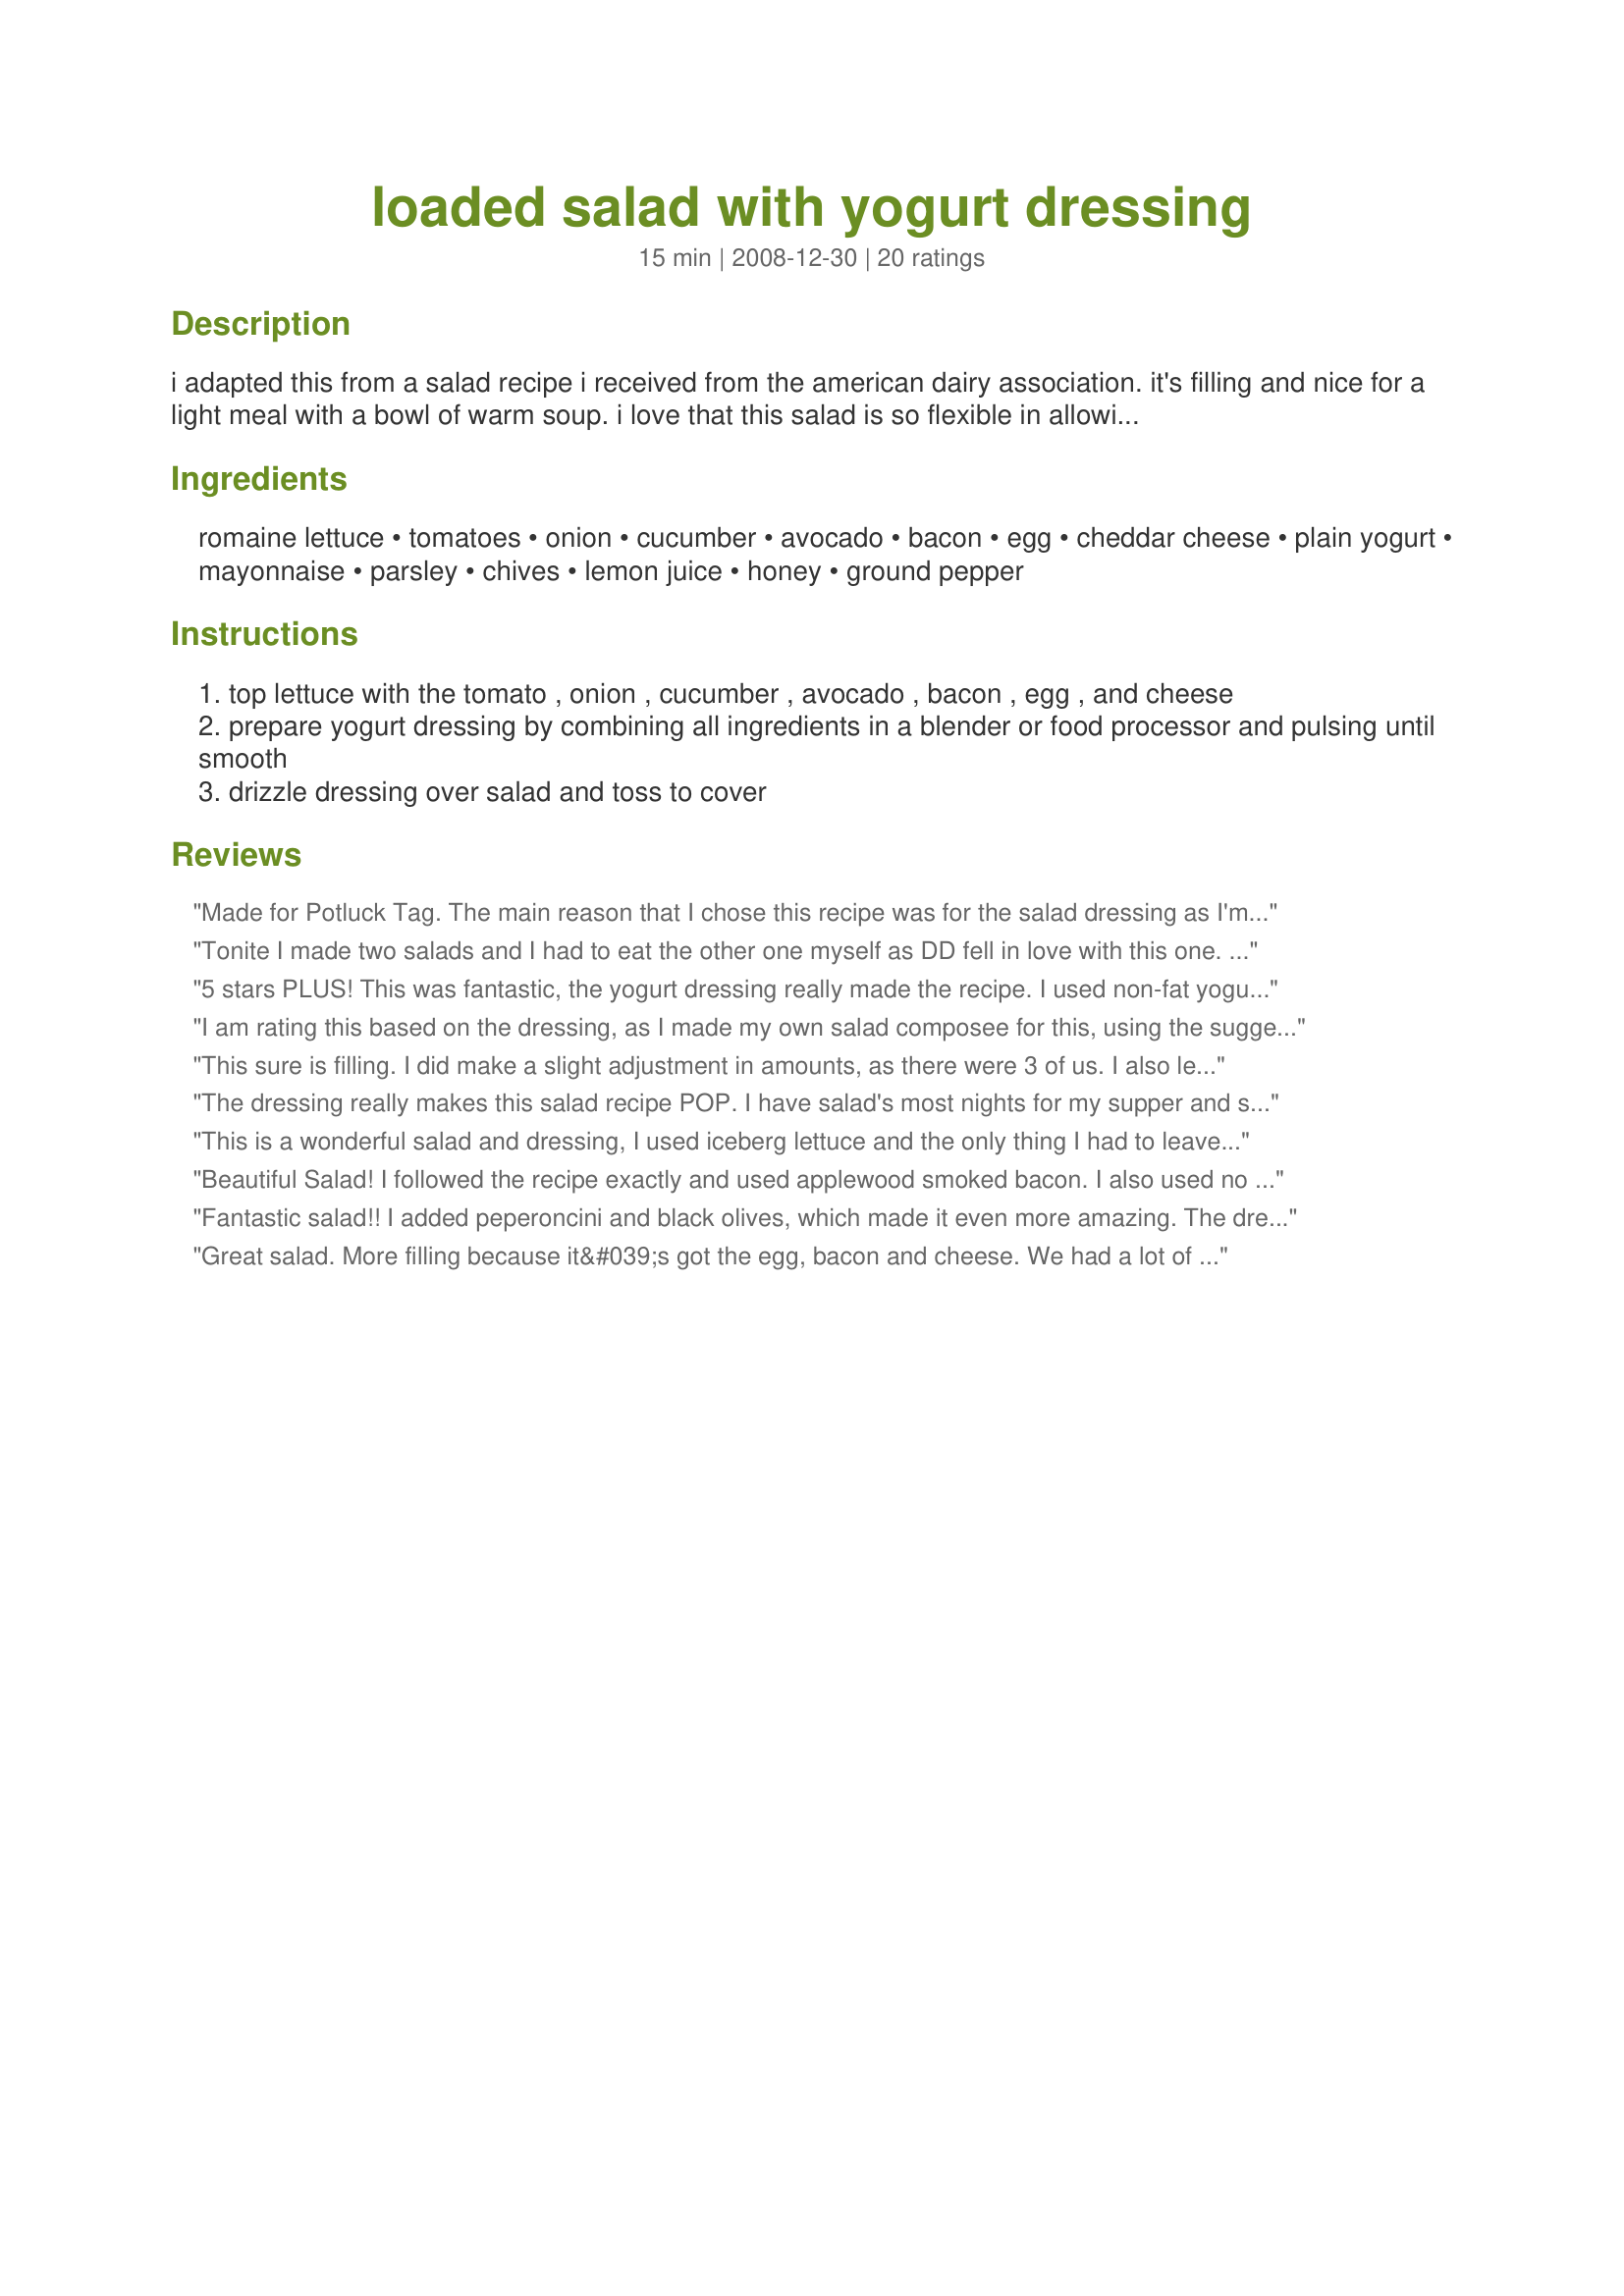
loaded salad with yogurt dressing
Preparation time: 15 minutes

i adapted this from a salad recipe i received from the american dairy association. it's filling and nice for a light meal with a bowl of warm soup. i love that this salad is so flexible in allowing substitutions based on what you have on hand. fat free and low fat dairy products have successfully been used in this. i try to avoid adding any additional salt to our meals, so you may want to sample the dressing before serving and see if you prefer to add some.

Ingredients:
romaine lettuce, tomatoes, onion, cucumber, avocado, bacon, egg, cheddar cheese, plain yogurt, mayonnaise, parsley, chives, lemon juice, honey, ground pepper

Steps:
top lettuce with the tomato , onion , cucumber , avocado , bacon , egg , and cheese
prepare yogurt dressing by combining all ingredients in a blender or food processor and pulsing until smooth
drizzle dressing over salad and toss to cover

Reviews:
Made for Potluck Tag. The main reason that I chose this recipe was for the salad dressing as I'm always looking for different dressing recipes to try. The dressing was so easy and tasted fantastic. I had it on salad that was similar, but excluded eggs and included cooked diced chicken and craisins (a salad isn't a salad without craisins). Thanks for posting this Starry!
Tonite I made two salads and I had to eat the other one myself as DD fell in love with this one. I used iceberg lettuce and I agree that the honey is what makes this dressing. I enjoyed that it's low in calories, while DD liked that it wasn't spicy like the vinegar dressings.
5 stars PLUS! This was fantastic, the yogurt dressing really made the recipe. I used non-fat yogurt and omitted the bacon and egg but followed exactly otherwise. I will make this a LOT this summer, thanks for sharing!
I am rating this based on the dressing, as I made my own salad composee for this, using the suggested basic ingredients as a guide! The dressing was fresh, herby and totally delicious. I LOVED it! I used parsley in the dressing as well as sprinkling it on the salad. I love creamy dressings, and the use of yoghurt is a method I love. The honey gave a good balance of sweetness to the sharpness of the lemon juice - fab dressing, merci! Made for Herb of the Month in the Gardening Forum, which is PARSLEY! FT:-)
This sure is filling. I did make a slight adjustment in amounts, as there were 3 of us. I also left out the bacon by mistake. Next time I surely won't. LoL! Made for Every Day Holiday Tag. :)
The dressing really makes this salad recipe POP. I have salad's most nights for my supper and so the ingredients listed were ones I normally have on hand. I did add even a bit more than you have listed. What I especially love about the dressing is the honey. Perfect sweetness that otherwise would have been bitter. Loved it!!!
Made for HolidayTag.
This is a wonderful salad and dressing, I used iceberg lettuce and the only thing I had to leave out was the parsley as I had none. It was such a healthy dinner - made for Holiday Tag.
Beautiful Salad! I followed the recipe exactly and used applewood smoked bacon. I also used no fat Greek yogurt, and it all went together deliciously! Made for Potluck Tag.
Fantastic salad!! I added peperoncini and black olives, which made it even more amazing. The dressing is truly delicious. Substituted Vegenaise for the mayo, and still tastes great! This is my first time writing a review, loved it so much that I'm going out of my way to tell you that this is a keeper :)
Great salad. More filling because it&#039;s got the egg, bacon and cheese. We had a lot of dressing left over. I forgot to buy avocado and I had to sub in regular onion for the chives because that&#039;s what I had on hand. We used 2 eggs and had extra bacon on ours (who&#039;s going to cook only 1 strip of bacon?).
AWESOME salad. The only changes I made were to use arugula in place of romaine and vegan bacon chips instead of real bacon. SO good. Note that a little dressing goes a long way, so be scant with it to start. My yogurt was fat free Greek yogurt which worked perfectly. WHOOPS. . .just realized I forgot to add the cheese. . .and it's fabulous without :) Made for Veg*n Tag and will definitely be made again!!!
Amazing recipe for both the salad and the dressing. As many have already mentioned this dressing is 'da bomb! So easy to put together and the taste is lovely! I used a Greek yogurt and fresh parsley, chives, and lemon juice. Wow, this is really good, and certainly could be used as a whole dinner salad. Very delicious and I have enough to use the next day. You can't go wrong on this recipe, as it will lead you to goodness for the middle/or end of your day. Just beautiful! Made for Flower Power June 2009
Fantastic salad! As other reveiwers have stated, the dressing is wonderful. It is herby, creamy, fresh and figure-friendly! What's not to love? I also really enjoyed the salad ingredients. It contains some of my favorites: avocado, bacon, tomato, cucs, cheese...wow! Thank you for a yummy salad recipe. :)
Delicious salad. Made as written with all the fixin's plus turkey bacon. The salad dressing was really nice too, it tasted great in spite of the reduction of mayo. And I got to use chives and parsley from my garden (yay spring!). Made for the I Recommend Tag game. Thank you.
Made as directed and loved it, even though I forgot to add the avocado, drat! It has a great presentation, too. Made for Veggie Recipe Swap, the August 2010 VIP selection. Thanks Starry!
Fabulous salad which we all enjoyed with grilled chicken! I basically doubled most of the ingredients (but not measuring) -- which made enough with leftovers for six. Will have leftover salad with tuna for a wonderful lunch today. Will be making again soon! Thanks for sharing!
Very good and healthy salad! I used iceberg and omitted the cuke-you gotta make your DH happy you know. Made for Theirs, Yours, & Mine game. Thank you Starrynews for sharing.
This is a very good dinner salad! All the veggies go great together and the egg adds colour, taste and nutrition. YUM!<br/>The yogurt dressing is so light and tasty, I will use it for other salads as well.<br/>THANK YOU SO MUCH for sharing this keeper with us, starry!<br/>Made and reviewed for Veggie Swap #35 June 2011.
As with French Tart, my review is also on the dressing. This is absolutely fantastic. So easy to make and the flavour is outstanding. I'm also going to try it on fresh fruit as well. Thanks for sharing such a wonderful recipe.
Gorgeous &amp; refreshing, just what I make in the early hours when I can't sleep. Like another reviewer, I am always on the prowl for unusual/different dressings - yum! (used veggy bacon too) &amp; sprinled with sultanas.
